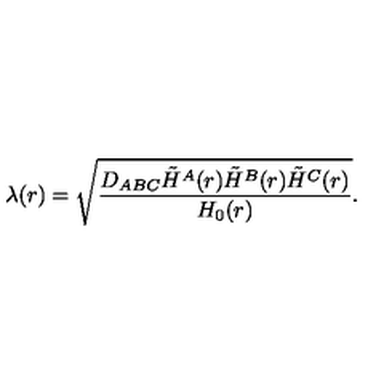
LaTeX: \lambda ( r ) = \sqrt { { \frac { D _ { A B C } \tilde { H } ^ { A } ( r ) \tilde { H } ^ { B } ( r ) \tilde { H } ^ { C } ( r ) } { H _ { 0 } ( r ) } } } .